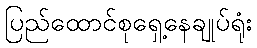
ပြည်ထောင်စုရှေ့နေချုပ်ရုံး